Annual report on the working of the lock hospitals in the North-Western Provinces and Oudh
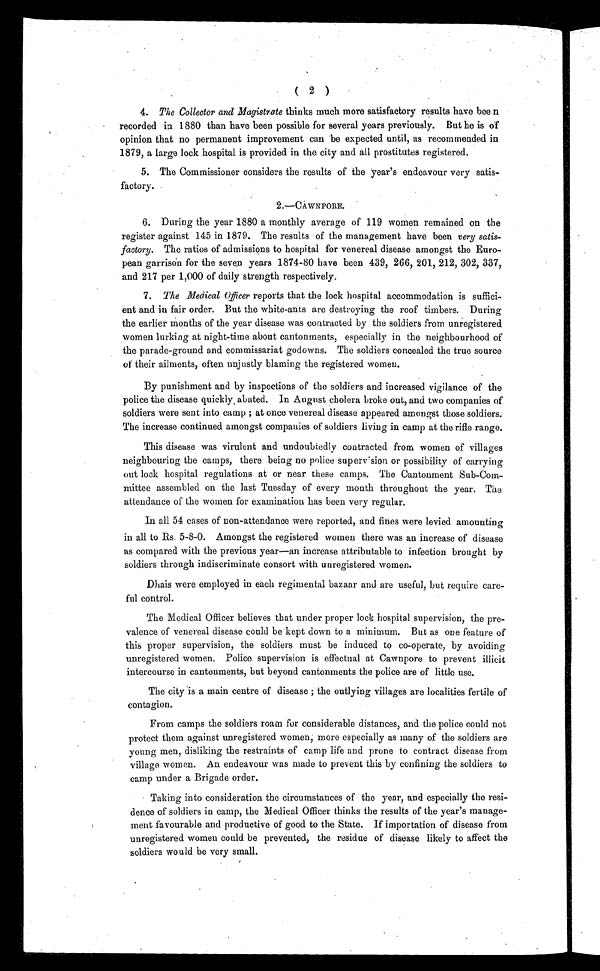
( 2 )
4 . T h e C o l l e c t o r a n d M a g i s t r a t et
h i n k s m u c h m o r e s a t i s f a c t o r y r e s u l t s h a v e b e e n
recorded in 1880 than have been possible for several years previously. But he is of
opinion that no permanent improvement can be expected until, as recommended in
1879, a large lock hospital is provided in the city and all prostitutes registered.
5. The Commissioner considers the results of the year' s endeavour very satis-
factory.
2.—CAwNroRE.
6 . D u r i n g t h e y e a r 1 8 8 0 a m o n t h l y a v e r a g e o f 1 1 9 w o m e n r e m a i n e d o n t h e
register against 145 in 1879. The results of the management have been very satis-
factory. The ratios of admissions to hospital for venereal disease amongst the Euro-
pean garrison for the seven years 1874-80 have been 439, 266, 201, 212, 302, 337,
and 217 per 1,000 of daily strength respectively,
7 . T h e M e d i c a l O f f i c e r
reports that the lock hospital accommodation is suffici-
ent and in fair order. But the white-ants are destroying the roof timbers. During
the earlier months of the year disease was contracted by the soldiers from unregistered
women lurking at night-time about cantonments, especially in the neighbourhood of
the parade-ground and commissariat goclowns. The soldiers concealed the true source
of their ailments, often unjustly blaming the registered women.
By punishment and by inspections of the soldiers and increased vigilance of the
police the disease quickly , abated. In August cholera broke out, and two companies of
soldiers were sent into camp ; at once venereal disease appeared amongst those soldiers.
The increase continued amongst companies of soldiers living in camp at the rifle range.
This disease was virulent and undoubtedly contracted from women of villages
neighbouring the camps, there being no police supervision or possibility of carrying
out lock hospital regulations at or near these camps. The Cantonment Sub-Com-
mittee assembled on the last Tuesday of every month throughout the year. The
attendance of the women for examination has been very regular.
In all 54 cases of non-attendance were reported, and fines were levied amounting
in all to Rs. 5-8-0. Amongst the registered women there was au increase of disease
as compared with the previous year—an increase attributable to infection brought by
soldiers through indiscriminate consort with unregistered women.
Dhais were employed in each regimental bazaar and are useful, but require care-
ful control.
The Medical Officer believes that under proper lock hospital supervision, the pre-
valence of venereal disease could be kept down to a minimum. But as one feature of
this proper supervision, the soldiers must be induced to co-operate, by avoiding
unregistered women. Police supervision is effectual at Cawnpore to prevent illicit
intercourse in cantonments, but beyond cantonments the police are of little use.
The city is a main centre of disease ; the outlying villages are localities fertile of
contagion.
From camps the soldiers roam for considerable distances, and the police could not
protect them against unregistered women, more especially as many of the soldiers are
young men, disliking the restraints of camp life and prone to contract disease from
village women. An endeavour was made to prevent this by confining the soldiers to
camp under a Brigade order.
Taking into consideration the circumstances of the year, and especially the resi-
dence of soldiers in camp, the Medical Officer thinks the results of the year's manage-
ment favourable and productive of good to the State. If importation of disease from
unregistered women could be prevented, the residue of disease likely to affect the
soldiers would be very small.